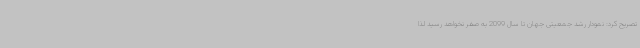
تصریح کرد: نمودار رشد جمعیتی جهان تا سال 2099 به صفر نخواهد رسید لذا